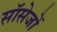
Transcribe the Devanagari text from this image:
सॉसेजों